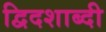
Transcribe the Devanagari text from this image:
द्विदशाब्दी